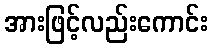
အားဖြင့်လည်းကောင်း